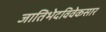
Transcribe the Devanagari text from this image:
जातिभेदविवेकसार